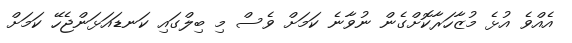
އެއްވެ އުޅެ މުޒާހަރާކޮށްގެން ނުވާނެ ކަމަށް ވެސް މި ބިލްގައި ކަނޑައަޅަންޖެހޭ ކަމަށް